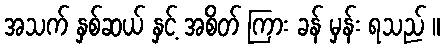
အသက် နှစ်ဆယ် နှင့် အစိတ် ကြား ခန် မှန်း ရသည် ။